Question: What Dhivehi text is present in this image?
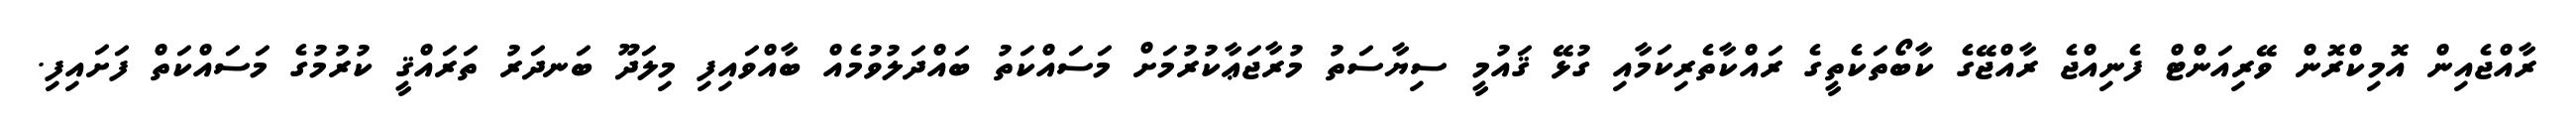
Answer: ރާއްޖެއިން އޮމިކްރޮން ވޭރިއަންޓް ފެނިއްޖެ ރާއްޖޭގެ ކާބޯތަކެތީގެ ރައްކާތެރިކަމާއި ގުޅޭ ޤައުމީ ސިޔާސަތު މުރާޖަޢާކުރުމަށް މަސައްކަތު ބައްދަލުވުމެއް ބާއްވައިފި މިލަދޫ ބަނދަރު ތަރައްޤީ ކުރުމުގެ މަސައްކަތް ފަށައިފި.